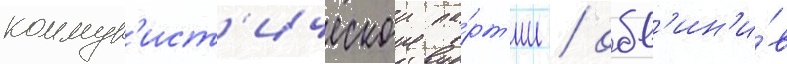
коммун'ист'ическои па́рт'ии / обв'ин'и́в